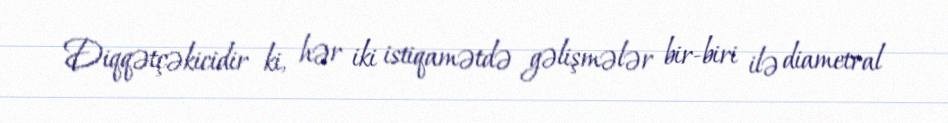
Diqqətçəkicidir ki, hər iki istiqamətdə gəlişmələr bir-biri ilə diametral